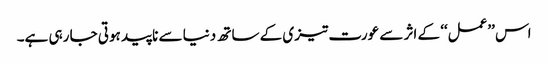
اس ’’عمل‘‘ کے اثر سے عورت تیزی کے ساتھ دنیا سے ناپید ہوتی جا رہی ہے۔